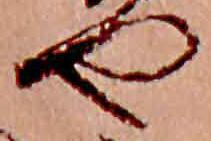
や